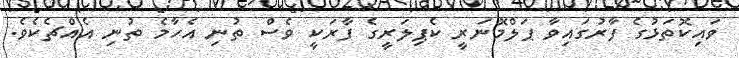
ވައިކޮތަޅުގެ ފާރުގައިވާ ޕަލްމޮނަރީ ކެޕިލަރީގެ ފާރަކީ ވެސް ތުނި އެހާމެ ތުނި އެއްޗެކެވެ.